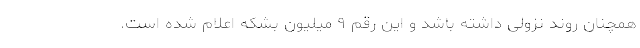
همچنان روند نزولی داشته باشد و این رقم ۹ میلیون بشکه اعلام شده است.